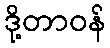
ဒို့တာဝန်